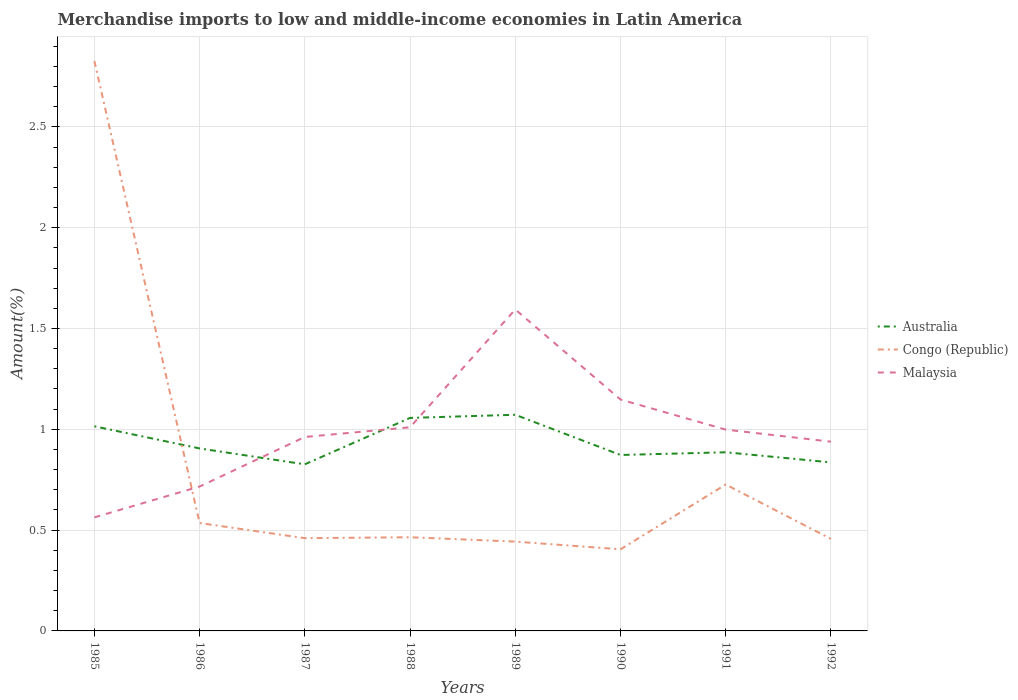
| Years | Australia | Congo (Republic) | Malaysia |
 | --- | --- | --- | --- |
 | 1985 | 1.01 | 2.83 | 0.563 |
 | 1986 | 0.905 | 0.535 | 0.716 |
 | 1987 | 0.826 | 0.46 | 0.962 |
 | 1988 | 1.06 | 0.465 | 1.01 |
 | 1989 | 1.07 | 0.443 | 1.59 |
 | 1990 | 0.873 | 0.405 | 1.15 |
 | 1991 | 0.886 | 0.726 | 0.998 |
 | 1992 | 0.836 | 0.456 | 0.939 |